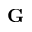
\mathbf G